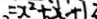
= x ^ { 2 } + x + 1